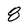
Character: 8